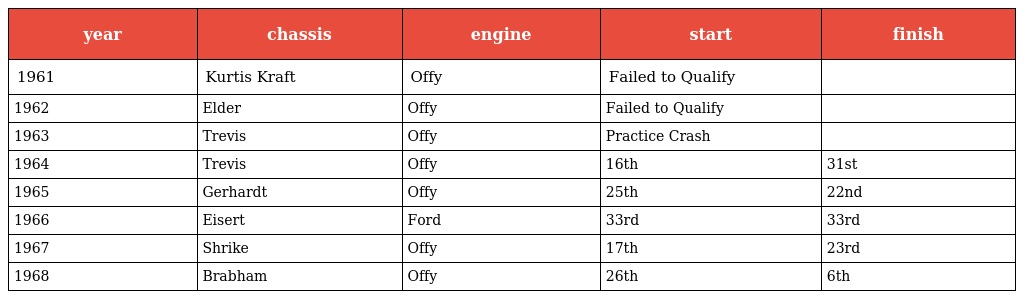
| year | chassis | engine | start | finish |
 | --- | --- | --- | --- | --- |
 | 1961 | Kurtis Kraft | Offy | Failed to Qualify |  |
 | 1962 | Elder | Offy | Failed to Qualify |  |
 | 1963 | Trevis | Offy | Practice Crash |  |
 | 1964 | Trevis | Offy | 16th | 31st |
 | 1965 | Gerhardt | Offy | 25th | 22nd |
 | 1966 | Eisert | Ford | 33rd | 33rd |
 | 1967 | Shrike | Offy | 17th | 23rd |
 | 1968 | Brabham | Offy | 26th | 6th |